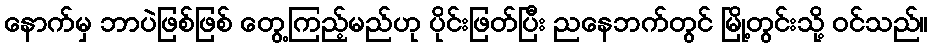
နောက်မှ ဘာပဲဖြစ်ဖြစ် တွေ့ကြည့်မည်ဟု ပိုင်းဖြတ်ပြီး ညနေဘက်တွင် မြို့တွင်းသို့ ဝင်သည်။